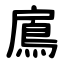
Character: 鳸